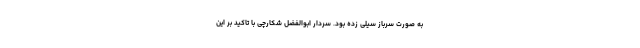
به صورت سرباز سیلی زده بود. سردار ابوالفضل شکارچی با تاکید بر این